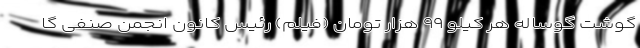
گوشت گوساله هر کیلو ۹۹ هزار تومان (فیلم) رئیس کانون انجمن صنفی گا